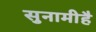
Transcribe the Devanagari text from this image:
सुनामीहै